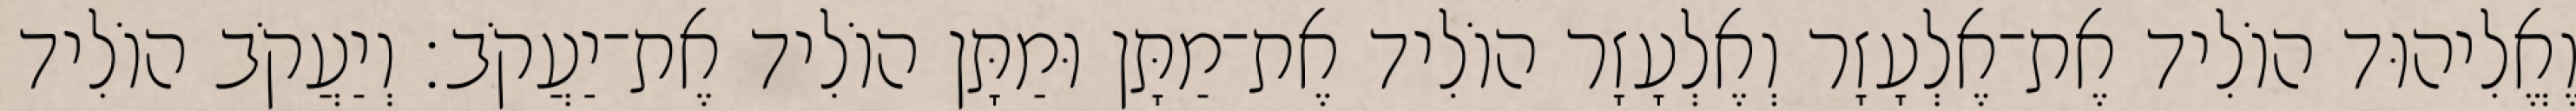
וֶאֱלִיהוּד הוֹלִיד אֶת־אֶלְעָזָר וְאֶלְעָזָר הוֹלִיד אֶת־מַתָּן וּמַתָּן הוֹלִיד אֶת־יַעֲקֹב׃ וְיַעֲקֹב הוֹלִיד